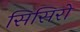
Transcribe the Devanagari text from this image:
सिसिरो